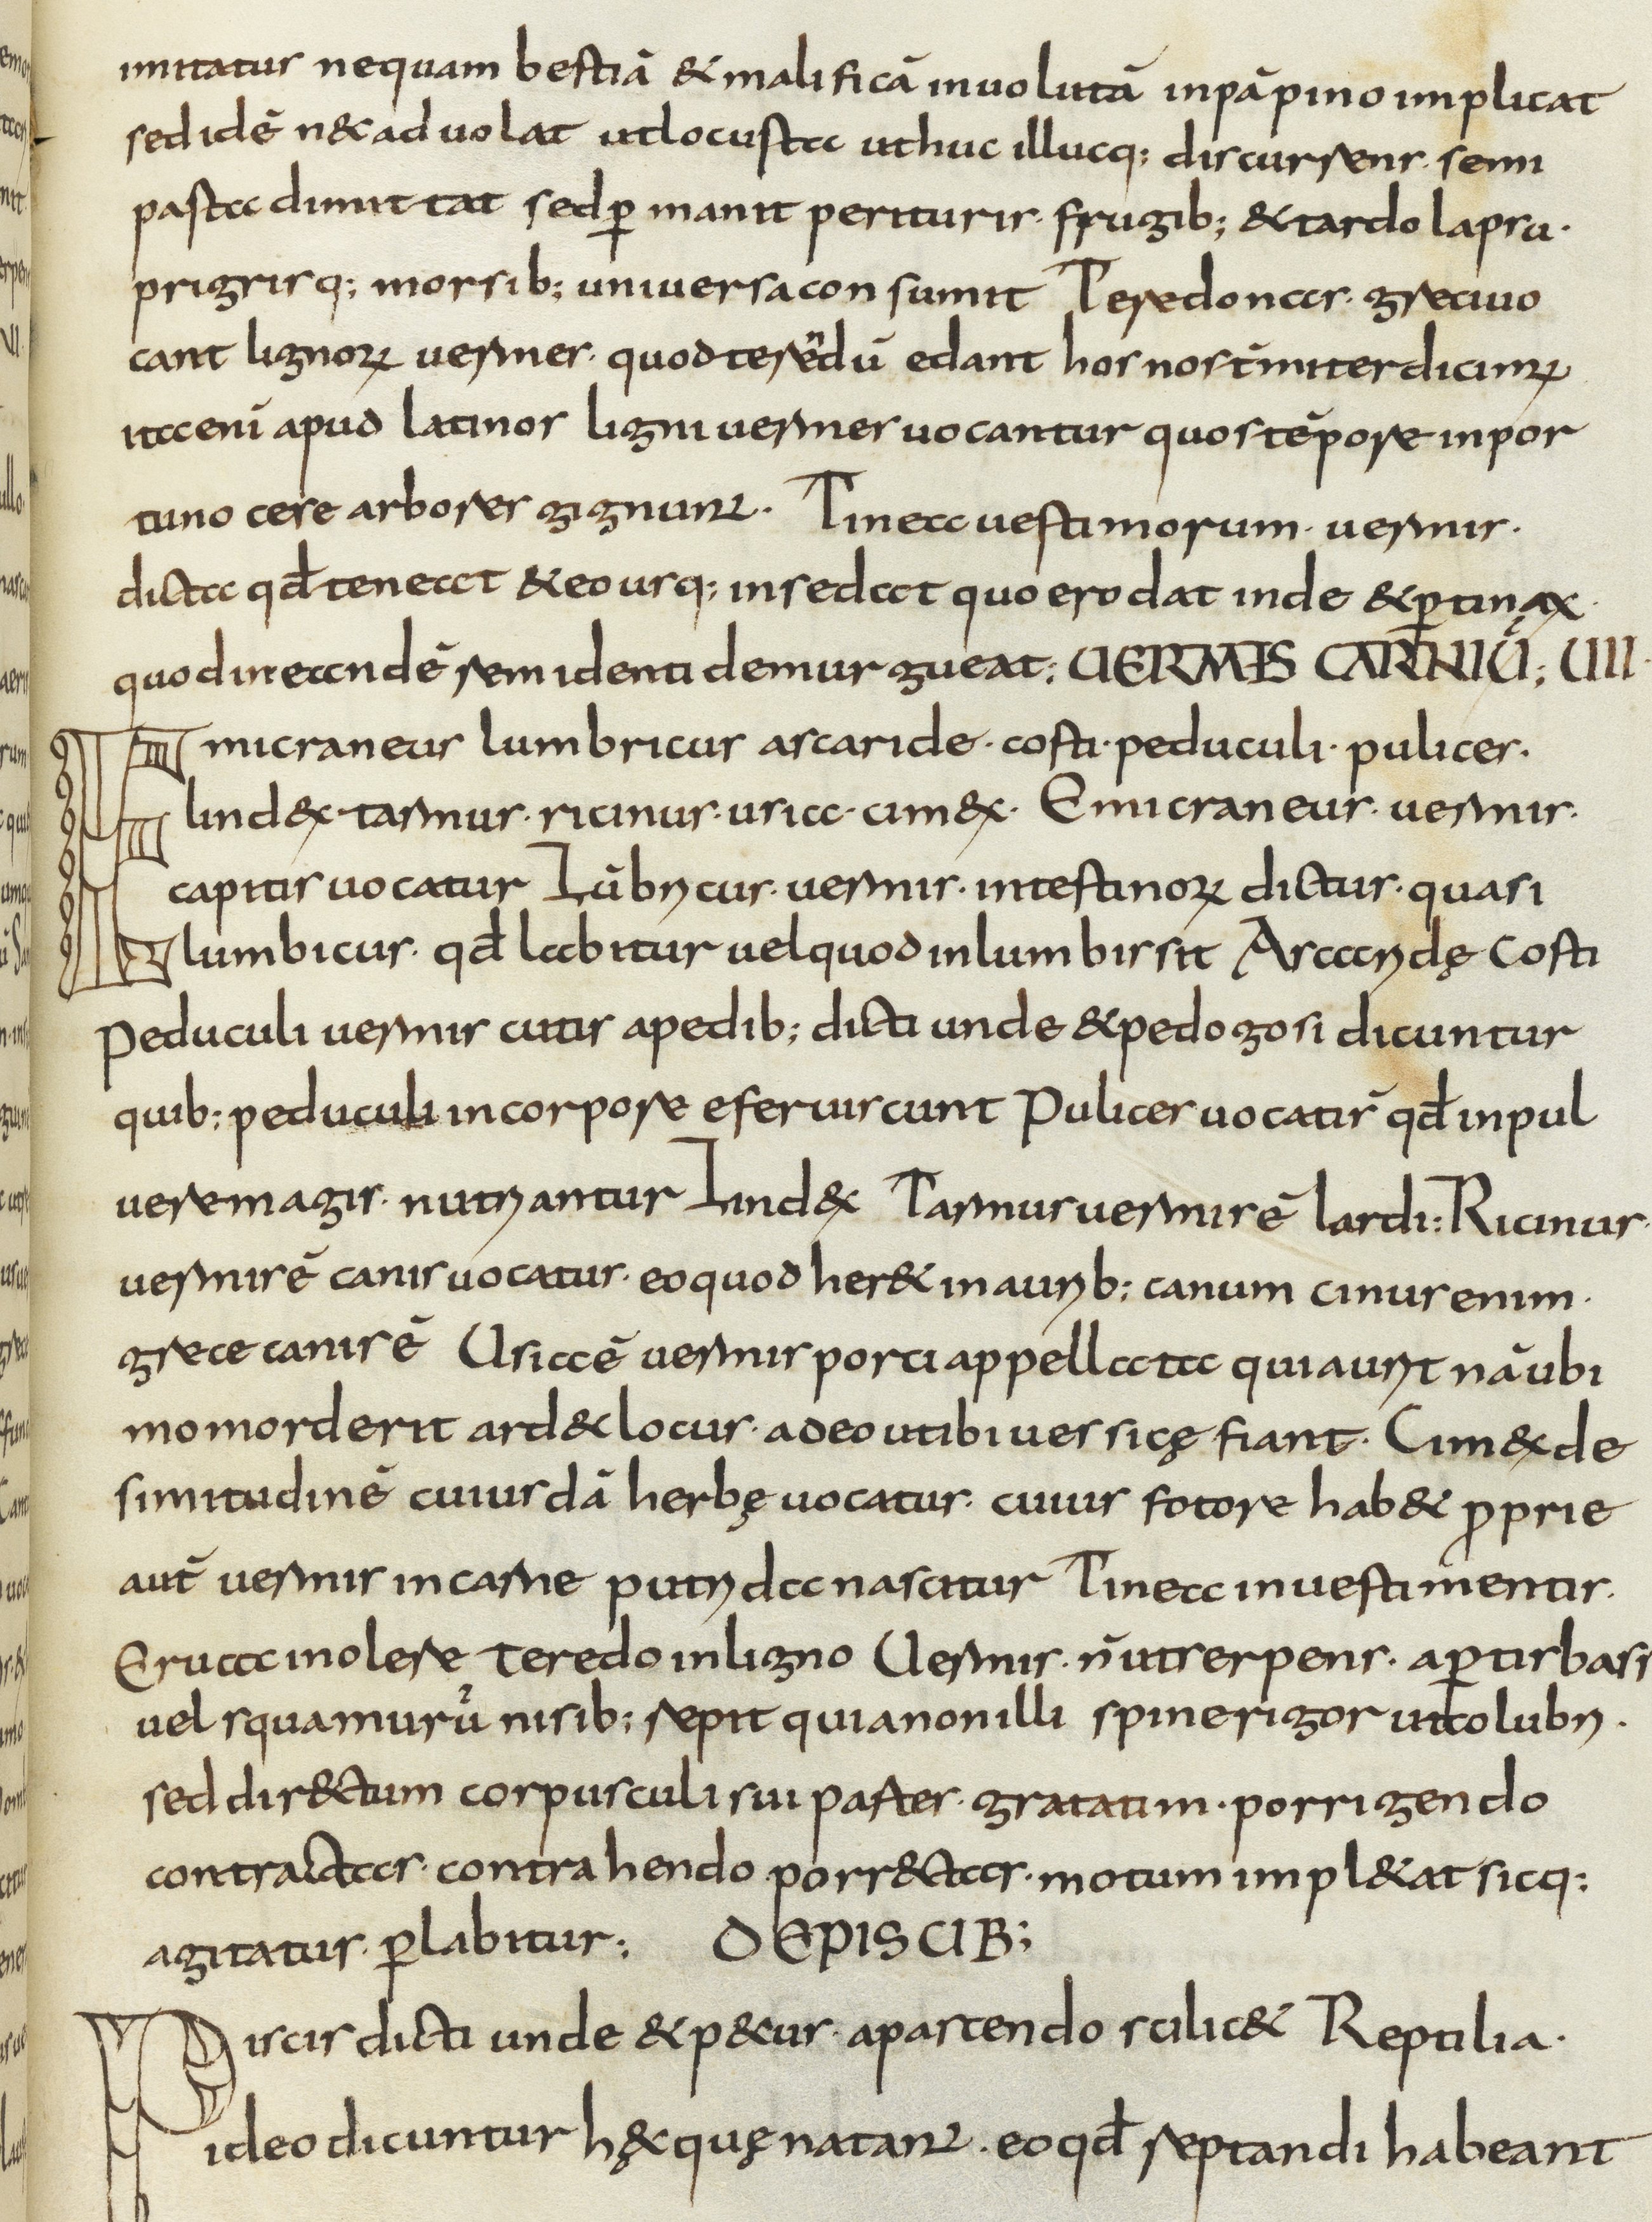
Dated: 800–830